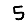
Digit: 5